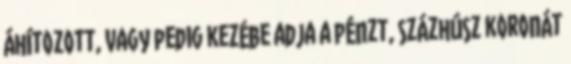
áhítozott, vagy pedig kezébe adja a pénzt, százhúsz koronát